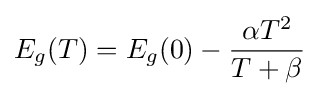
E_{g}(T)=E_{g}(0)-{\frac {\alpha T^{2}}{T+\beta }}